Civil Veterinary Dept. North-West Frontier Province 1901-22 - 1901-1922
Year: 1901
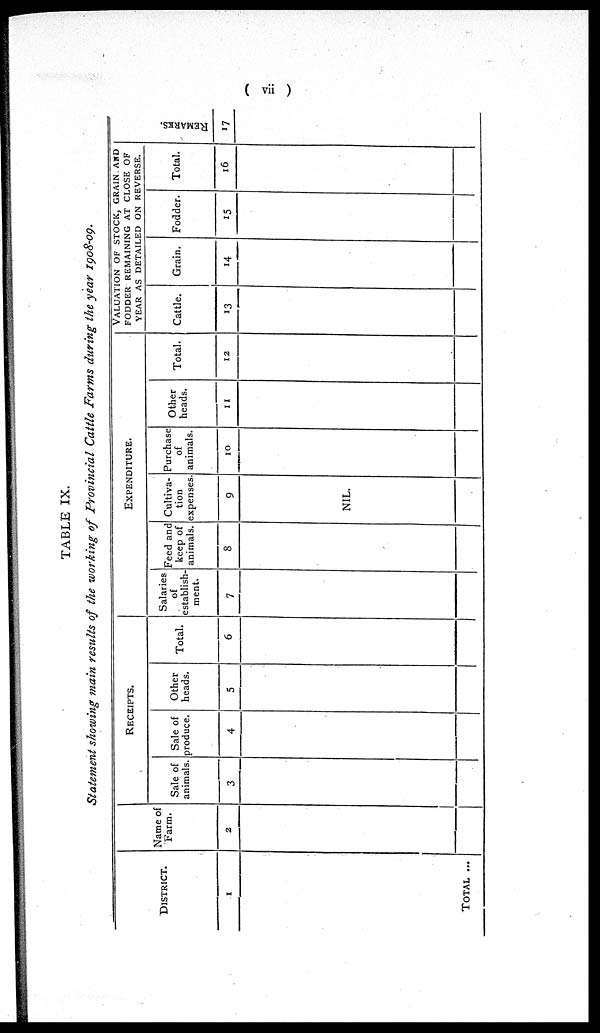
( vii )
TABLE IX.
Statement showing main results of the working of Provincial Cattle Farms during the year 1908-09.
DISTRICT.
1
TOTAL ...
Name of
Farm.
2
RECEIPTS.
Sale of
animals.
3
Sale of
produce.
4
Other
heads.
5
Total.
6
EXPENDITURE.
Salaries
of
establish-
ment.
7
Feed and
keep of
animals.
8
Cultiva-
tion
expenses
9
NIL.
Purchase
of
animals.
10
Other
heads.
11
Total.
12
VALUATION OF STOCK, GRAIN AND
FODDER REMAINING AT CLOSE OF
YEAR AS DETAILED ON REVERSE.
Cattle.
13
Grain.
14
Fodder.
15
Total.
16
REMARKS.
17